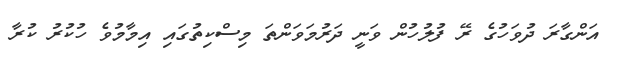
އަންގާރަ ދުވަހުގެ ރޭ ފުލުުހުން ވަނީ ދަރުމަވަންތަ މިސްކިތުގައި އިމާމުވެ ހުކުރު ކުރާ